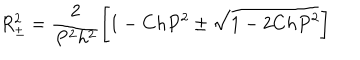
LaTeX: R _ { \pm } ^ { 2 } = \frac { 2 } { P ^ { 2 } h ^ { 2 } } \bigg [ 1 - C h P ^ { 2 } \pm \sqrt { 1 - 2 C h P ^ { 2 } } \bigg ]